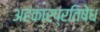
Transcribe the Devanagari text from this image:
अहंकारप्रतिषेध